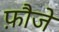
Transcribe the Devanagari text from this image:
फ़ौजे